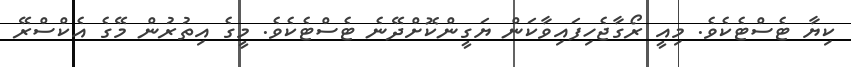
ކިޔާ ޓެސްޓެކެވެ. މިއީ ރޯގާޖެހިފައިވާކަން ޔަގީންކޮށްދޭނެ ޓެސްޓެކެވެ. މީގެ އިތުރުން މޭގެ އެކްސްރޭ